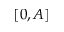
[ 0 , A ]